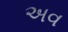
અવ